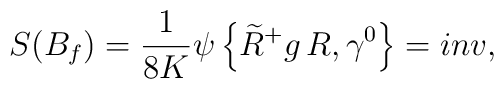
S(B_{f})=\frac{1}{8K}\psi\left\{\widetilde{R}^{+}g\,R,\gamma^{0}\right\}=inv,